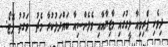
ދިވެހި ޕްރިމިއާ ލީގުގައި މާޒިޔާއާއި ވެލެންސިއާ ބައްދަލުކުރާ މެޗު  ވަގުތު ފޮޓޯ: